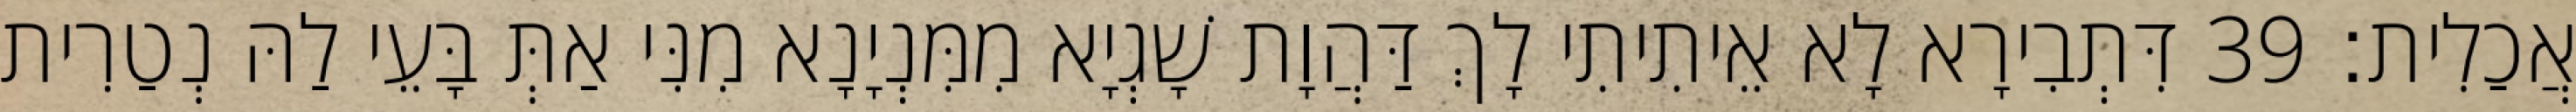
אֲכַלִית׃ 39 דִּתְבִירָא לָא אֵיתִיתִי לָךְ דַּהֲוָת שָׁגְיָא מִמִּנְיָנָא מִנִּי אַתְּ בָּעֵי לַהּ נְטַרִית